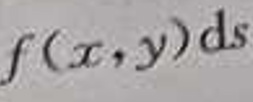
\[
\int f(x,y)\mathrm{d}s
\]